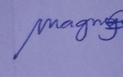
Signature authenticity: genuine